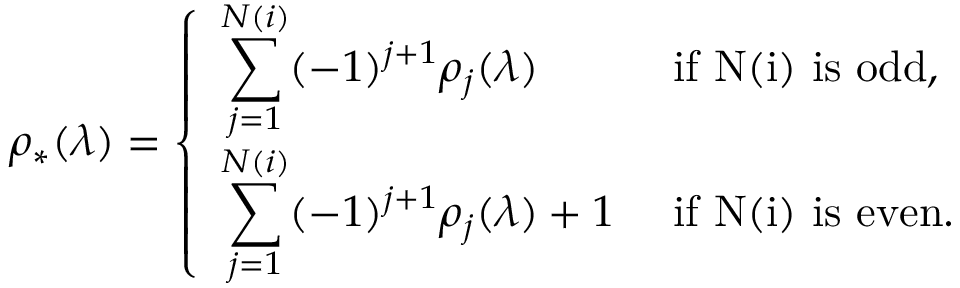
\rho _ { * } ( \lambda ) = \left\{ \begin{array} { l l } { \displaystyle \sum _ { j = 1 } ^ { N ( i ) } ( - 1 ) ^ { j + 1 } \rho _ { j } ( \lambda ) } & { \mathrm { ~ i f ~ N ( i ) ~ i s ~ o d d } , } \\ { \displaystyle \sum _ { j = 1 } ^ { N ( i ) } ( - 1 ) ^ { j + 1 } \rho _ { j } ( \lambda ) + 1 } & { \mathrm { ~ i f ~ N ( i ) ~ i s ~ e v e n } . } \end{array} \right.